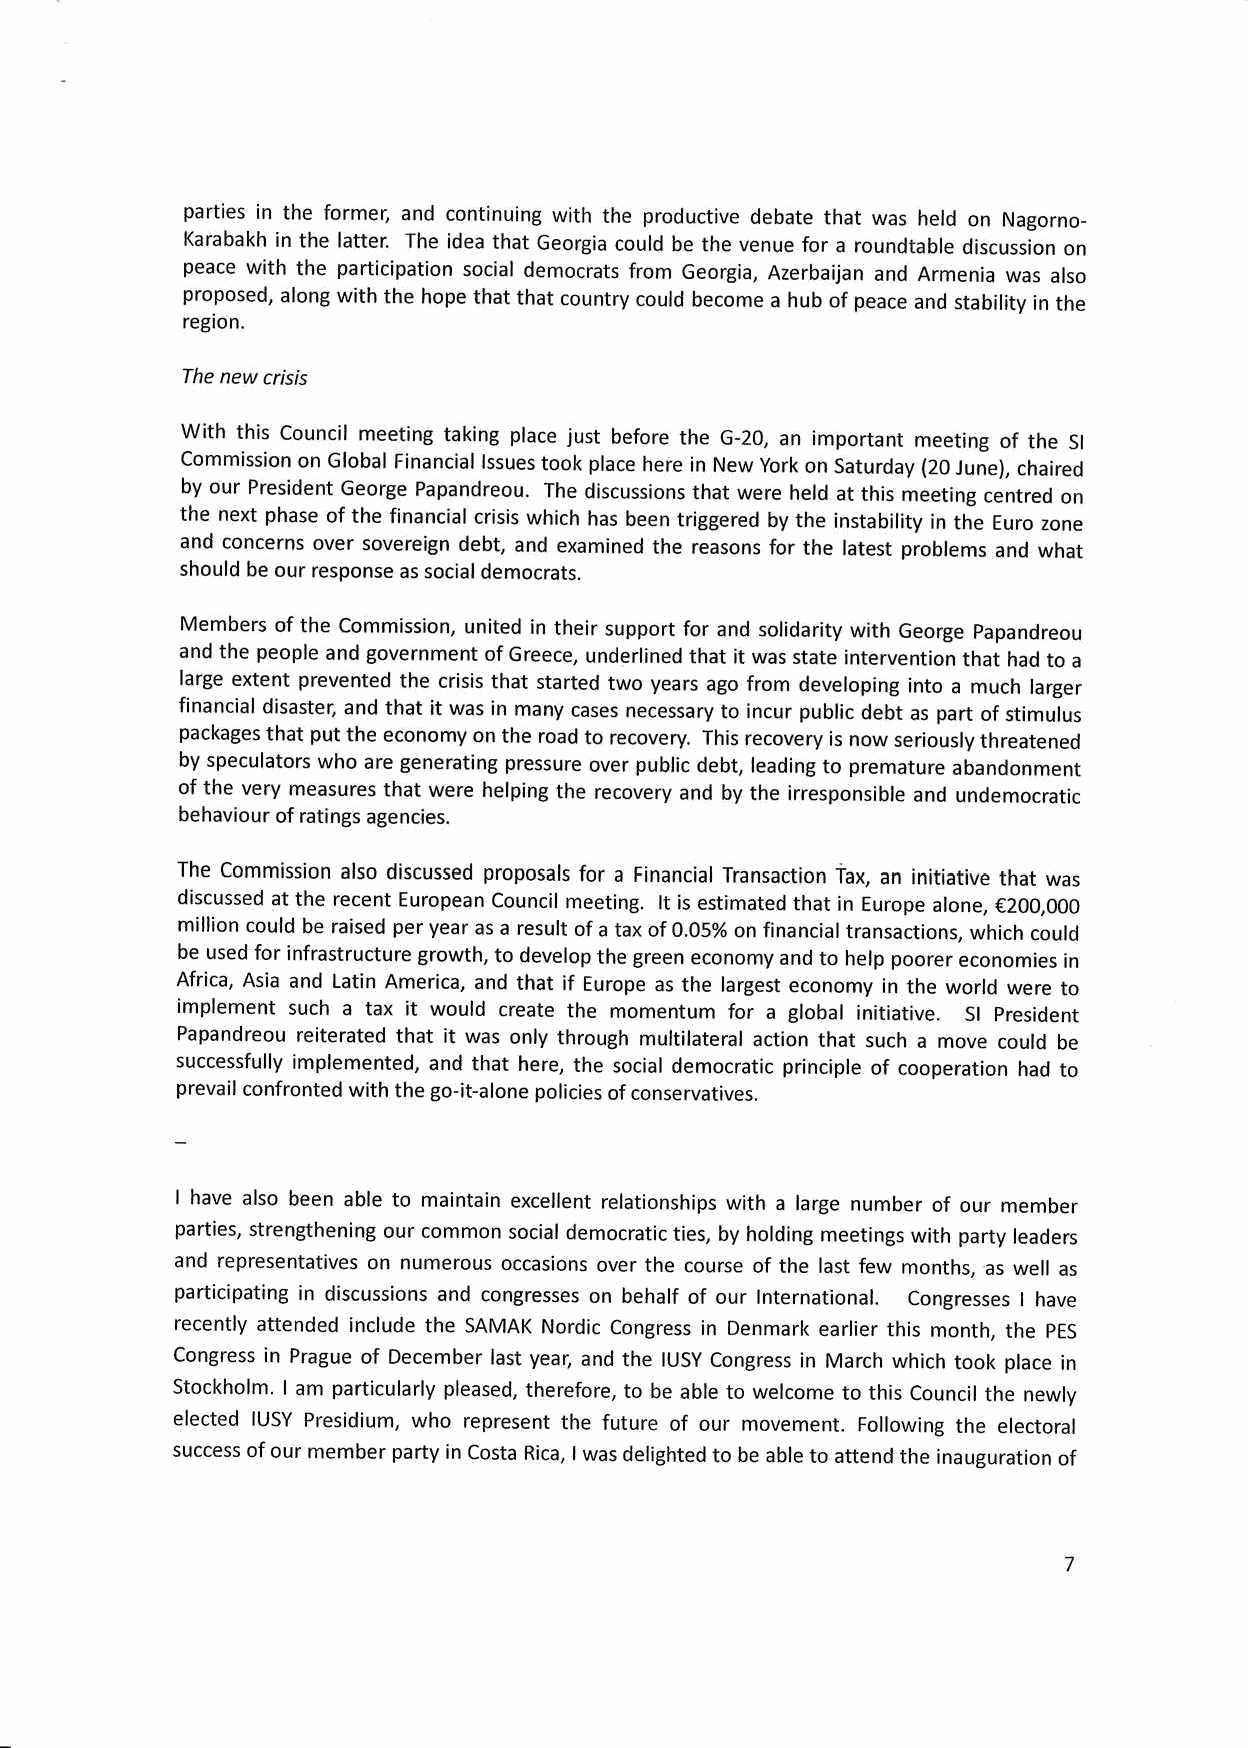
parties in the forme; and continuing with the productive debate that was held on Nagorno-
 Karabakh in the latter. The idea that Georgia could be the venue for a roundtable discussion on
 peace with the participation social democrats from Georgia, Azerbaijan and Armenia was also
 proposed, along with the hope that that country could become a hub of peace and stability in the
 region.
 The new crisis
 With this Council meeting taking place just before the G-20, an important meeting of the
 Sl
 Commission on Global Financial lssues took place here in New york on Saturday (20 June), chaired
 by our President George Papandreou. The discussions that were held at this meeting centred on
 the next phase of the financial crisis which has been triggered by the instability in the Euro zone
 and concerns over sovereign debt, and examined the reasons for the latest problems and what
 should be our response as social democrats.
 Members of the Commission, united in their support for and solidarity with George papandreou
 and the people and government of Greece, underlined that it was state intervention that had to a
 large extent prevented the crisis that started two years ago from developing into a much larger
 financial disaster; and that it was in many cases necessary to incur public debt as part of stimulus
 packages that put the economy on the road to recovery. This recovery is now seriously threatened
 by speculators who are generating pressure over public debt, leading to premature abandonment
 of the very measures that were helping the recovery and by the irresponsible and undemocratic
 behaviour of ratings agencies.
 The Commission also discussed proposals for a Financial Transaction iax, an initiative that was
 discussed at the recent European Council meeting. lt is estimated that in Europe alone, €200,000
 million could be raised per year as a result of a tax of 0.05% on financial transactions, which could
 be used for infrastructure growth, to develop the green economy and to help poorer economies in
 Africa, Asia and Latin America, and that if Europe as the largest economy in the world were to
 implement such a tax it would create the momentum for a global initiative. Sl president
 Papandreou reiterated that it was only through multilateral action that such a move could be
 successfully implemented, and that here, the social democratic principle of cooperation had to
 prevail confronted with the go-it-alone policies of conservatives.
 I have also been able to maintain excellent relationships with a large number of our member
 parties, strengthening our common social democratic ties, by holding meetings with party leaders
 and representatives on numerous occasions over the course of the last few months, as well as
 participating in discussions and congresses on behalf of our lnternational. Congresses I have
 recently attended include the SAMAK Nordic Congress in Denmark earlier this month, the pES
 Congress in Prague of December last year, and the IUSY Congress in March which took place in
 Stockholm. I am particularly pleased, therefore, to be abte to welcome to this Council the newly
 elected IUSY Presidium, who represent the future of our movement. Following the electoral
 success of our member party in Costa Rica, I was delighted to be able to attend the inauguration of